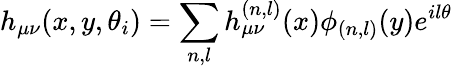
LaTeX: h_{\mu\nu}(x,y,\theta_{i})=\sum_{n,l}h_{\mu\nu}^{(n,l)}(x)\phi_{(n,l)}(y)e^{il\theta}